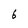
Character: 6